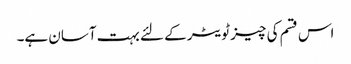
اس قسم کی چیز ٹویٹر کے لئے بہت آسان ہے۔